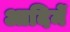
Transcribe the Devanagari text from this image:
आदिमें